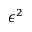
\epsilon ^ { 2 }